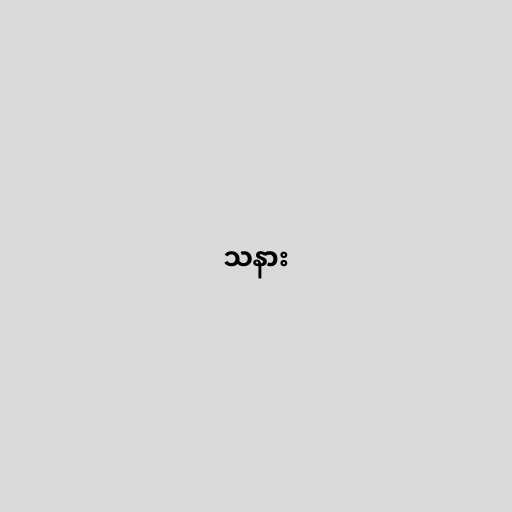
သနား